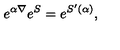
e ^ { \alpha \nabla } e ^ { S } = e ^ { S ^ { \prime } ( \alpha ) } ,